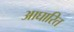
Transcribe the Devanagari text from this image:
आघारित